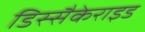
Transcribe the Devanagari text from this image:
डिस्सैकेराइड